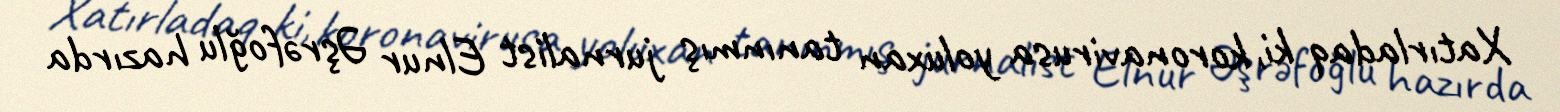
Xatırladaq ki, koronavirusa yoluxan tanınmış jurnalist Elnur Əşrəfoğlu hazırda